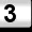
Digit: 3